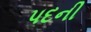
પદની